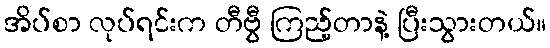
အိပ်စာ လုပ်ရင်းက တီဗွီ ကြည့်တာနဲ့ ပြီးသွားတယ်။